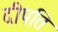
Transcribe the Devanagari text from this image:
दीपति